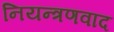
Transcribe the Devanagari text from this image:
नियन्त्रणवाद